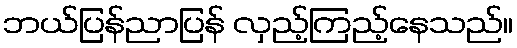
ဘယ်ပြန်ညာပြန် လှည့်ကြည့်နေသည်။